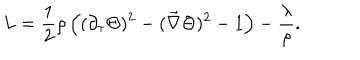
L = \frac { 1 } { 2 } \rho \left( ( \partial _ { \tau } \Theta ) ^ { 2 } - ( \vec { \nabla } \Theta ) ^ { 2 } - 1 \right) - \frac { \lambda } { \rho } .